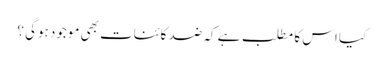
کیا اس کا مطلب ہے کہ ضد کائنات بھی موجود ہوگی ؟